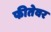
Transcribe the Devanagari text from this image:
फीतेवर